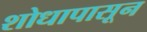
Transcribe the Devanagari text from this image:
शोधापासून